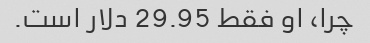
چرا، او فقط 29.95 دلار است.